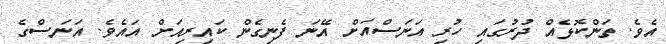
އެވެ. ތަންކޮޅެއް ދުރުގައި ހުރި އަނަސްއަށް އޭނަ ފެނިގެން ކައިރިއަށް އައެވެ. އަނަސްގެ